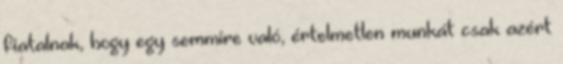
fiatalnak, hogy egy semmire való, értelmetlen munkát csak azért